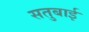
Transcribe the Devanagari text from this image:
सतुबाई